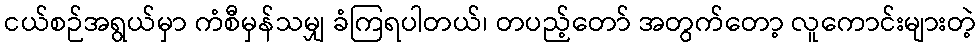
ငယ်စဉ်အရွယ်မှာ ကံစီမှန်သမျှ ခံကြရပါတယ်၊ တပည့်တော် အတွက်တော့ လူကောင်းများတဲ့